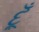
દૂઁ